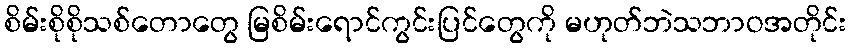
စိမ်းစိုစိုသစ်တောတွေ မြစိမ်းရောင်ကွင်းပြင်တွေကို မဟုတ်ဘဲသဘာဝအတိုင်း